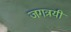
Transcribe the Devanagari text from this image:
जगत्रयी